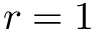
r = 1